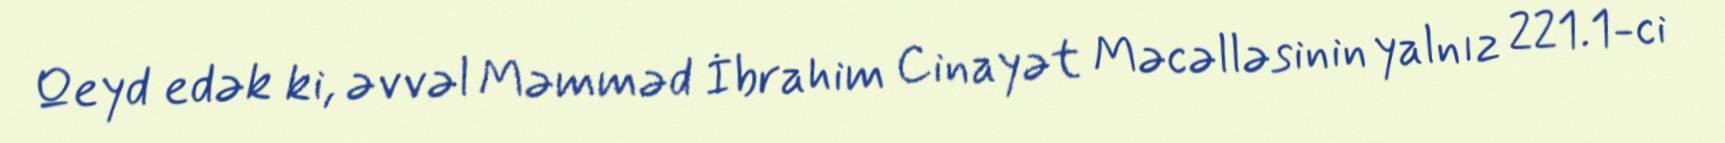
Qeyd edək ki, əvvəl Məmməd İbrahim Cinayət Məcəlləsinin yalnız 221.1-ci